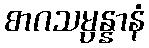
စာဂသမ္ပန္နာနံ